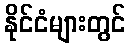
နိုင်ငံများတွင်